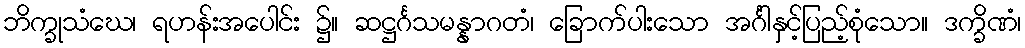
ဘိက္ခုသံဃေ၊ ရဟန်းအပေါင်း ၌။ ဆဋ္ဌင်္ဂသမန္နာဂတံ၊ ခြောက်ပါးသော အင်္ဂါနှင့်ပြည့်စုံသော။ ဒက္ခိဏံ၊